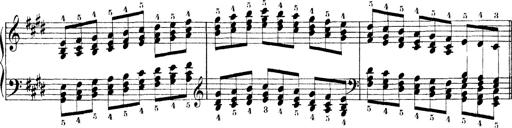
Title: Technische Studien
Composer: Franz Liszt